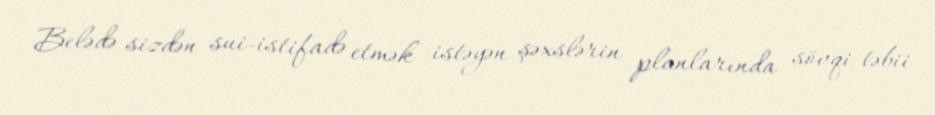
Belədə sizdən sui-istifadə etmək istəyən şəxslərin planlarında sövqi-təbii